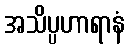
အသိပ္ပဟာရာနံ